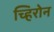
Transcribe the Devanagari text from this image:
च्हिरोन